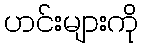
ဟင်းများကို